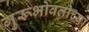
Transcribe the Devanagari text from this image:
गुरूभोवतीच्या